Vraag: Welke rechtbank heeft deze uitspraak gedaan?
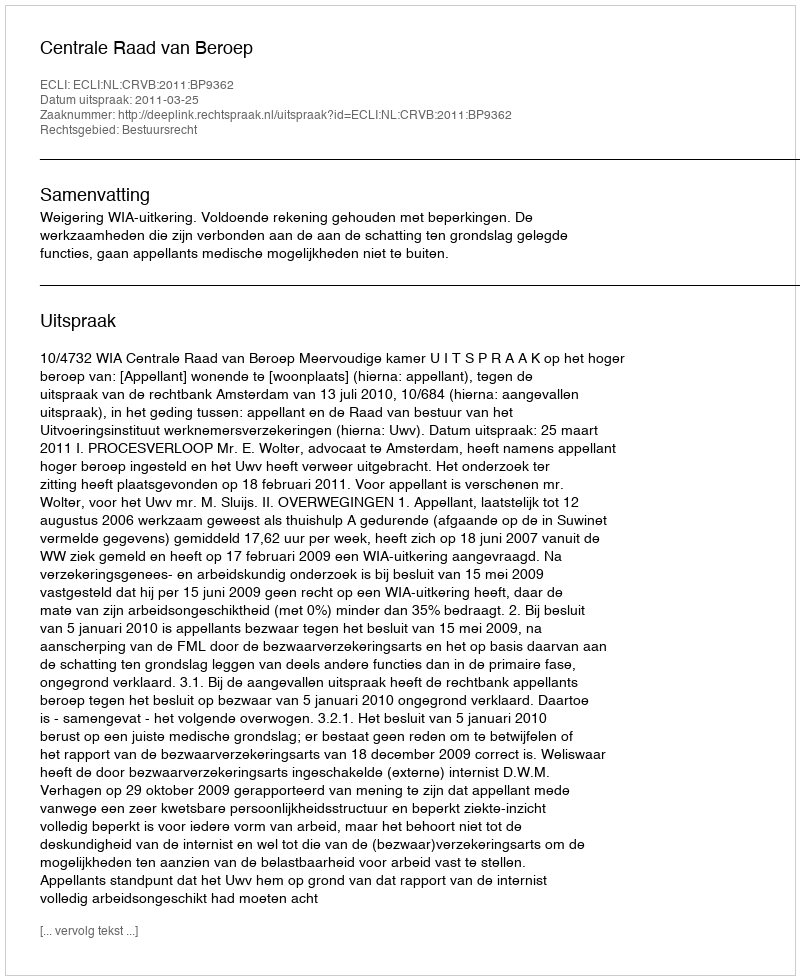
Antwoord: Centrale Raad van Beroep